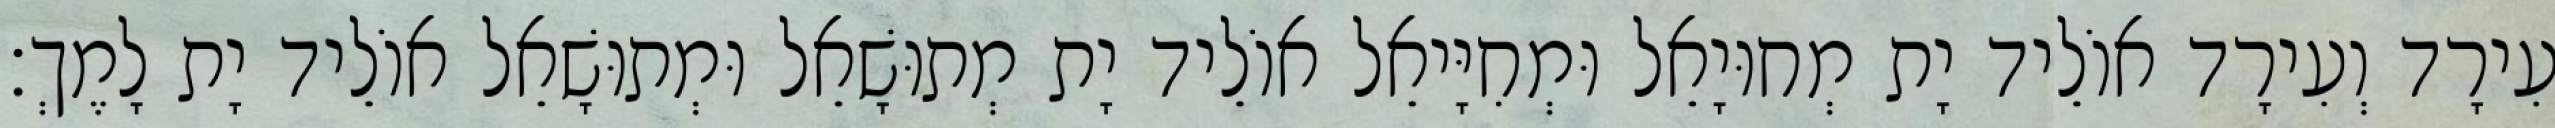
עִירָד וְעִירָד אוֹלֵיד יָת מְחוּיָאֵל וּמְחִיָּיאֵל אוֹלֵיד יָת מְתוּשָׁאֵל וּמְתוּשָׁאֵל אוֹלֵיד יָת לָמֶךְ׃